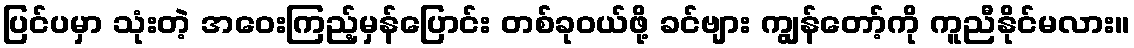
ပြင်ပမှာ သုံးတဲ့ အဝေးကြည့်မှန်ပြောင်း တစ်ခုဝယ်ဖို့ ခင်ဗျား ကျွန်တော့်ကို ကူညီနိုင်မလား။